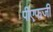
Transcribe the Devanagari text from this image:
पीएफजी